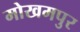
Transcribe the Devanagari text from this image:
मोखमपुर